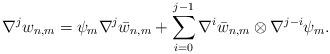
LaTeX: \begin{align*} \nabla^j w_{n,m} = \psi_m\nabla^j \bar{w}_{n,m} + \sum_{i=0}^{j-1} \nabla^i \bar{w}_{n,m} \otimes \nabla^{j-i} \psi_m.\end{align*}